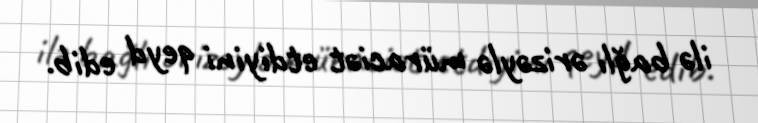
ilə bağlı ərizəylə müraciət etdiyini qeyd edib.